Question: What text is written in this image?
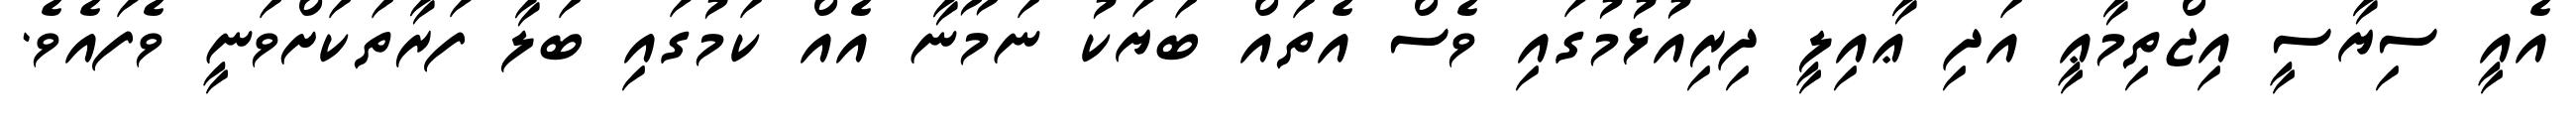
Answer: އެއީ ސިޔާސީ އިޖްތިމާޢީ އަދި ޢާއިލީ ދިރިއުޅުމުގައި ވެސް އެތައް ބަޔަކު ނަމޫނާ އެއް ކަމުގައި ބަލާ ފަރާތަކަށްވަނީ ވެފައެވެ.